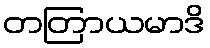
တတြာယမာဒိ